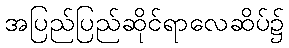
အပြည်ပြည်ဆိုင်ရာလေဆိပ်၌